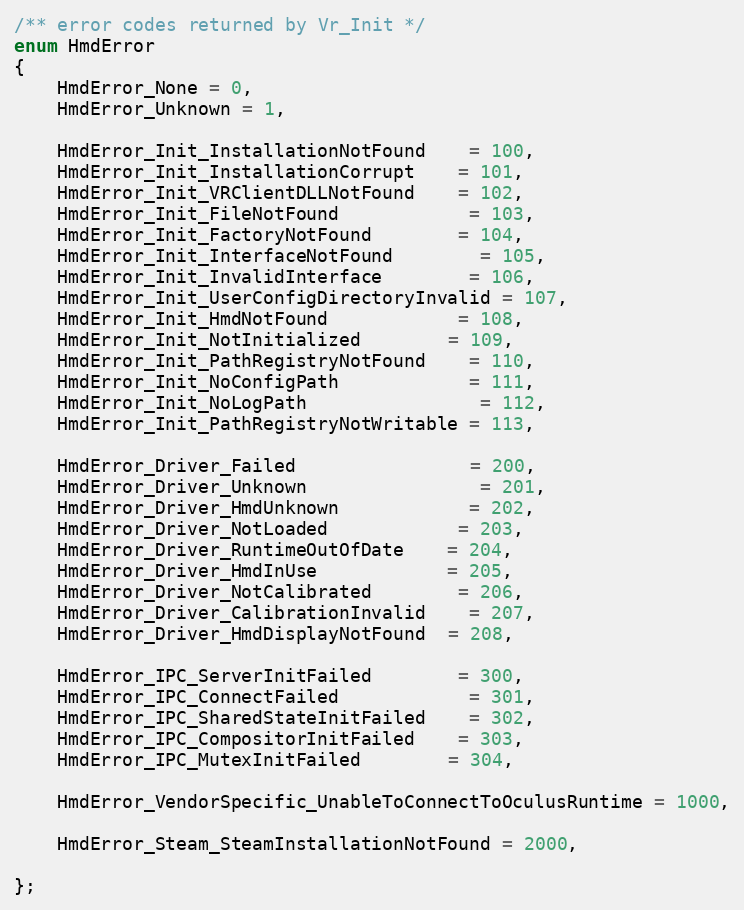
Language: C
/** error codes returned by Vr_Init */
enum HmdError
{
	HmdError_None = 0,
	HmdError_Unknown = 1,

	HmdError_Init_InstallationNotFound	= 100,
	HmdError_Init_InstallationCorrupt	= 101,
	HmdError_Init_VRClientDLLNotFound	= 102,
	HmdError_Init_FileNotFound			= 103,
	HmdError_Init_FactoryNotFound		= 104,
	HmdError_Init_InterfaceNotFound		= 105,
	HmdError_Init_InvalidInterface		= 106,
	HmdError_Init_UserConfigDirectoryInvalid = 107,
	HmdError_Init_HmdNotFound			= 108,
	HmdError_Init_NotInitialized		= 109,
	HmdError_Init_PathRegistryNotFound	= 110,
	HmdError_Init_NoConfigPath			= 111,
	HmdError_Init_NoLogPath				= 112,
	HmdError_Init_PathRegistryNotWritable = 113,

	HmdError_Driver_Failed				= 200,
	HmdError_Driver_Unknown				= 201,
	HmdError_Driver_HmdUnknown			= 202,
	HmdError_Driver_NotLoaded			= 203,
	HmdError_Driver_RuntimeOutOfDate	= 204,
	HmdError_Driver_HmdInUse			= 205,
	HmdError_Driver_NotCalibrated		= 206,
	HmdError_Driver_CalibrationInvalid	= 207,
	HmdError_Driver_HmdDisplayNotFound  = 208,

	HmdError_IPC_ServerInitFailed		= 300,
	HmdError_IPC_ConnectFailed			= 301,
	HmdError_IPC_SharedStateInitFailed	= 302,
	HmdError_IPC_CompositorInitFailed	= 303,
	HmdError_IPC_MutexInitFailed		= 304,

	HmdError_VendorSpecific_UnableToConnectToOculusRuntime = 1000,

	HmdError_Steam_SteamInstallationNotFound = 2000,

};